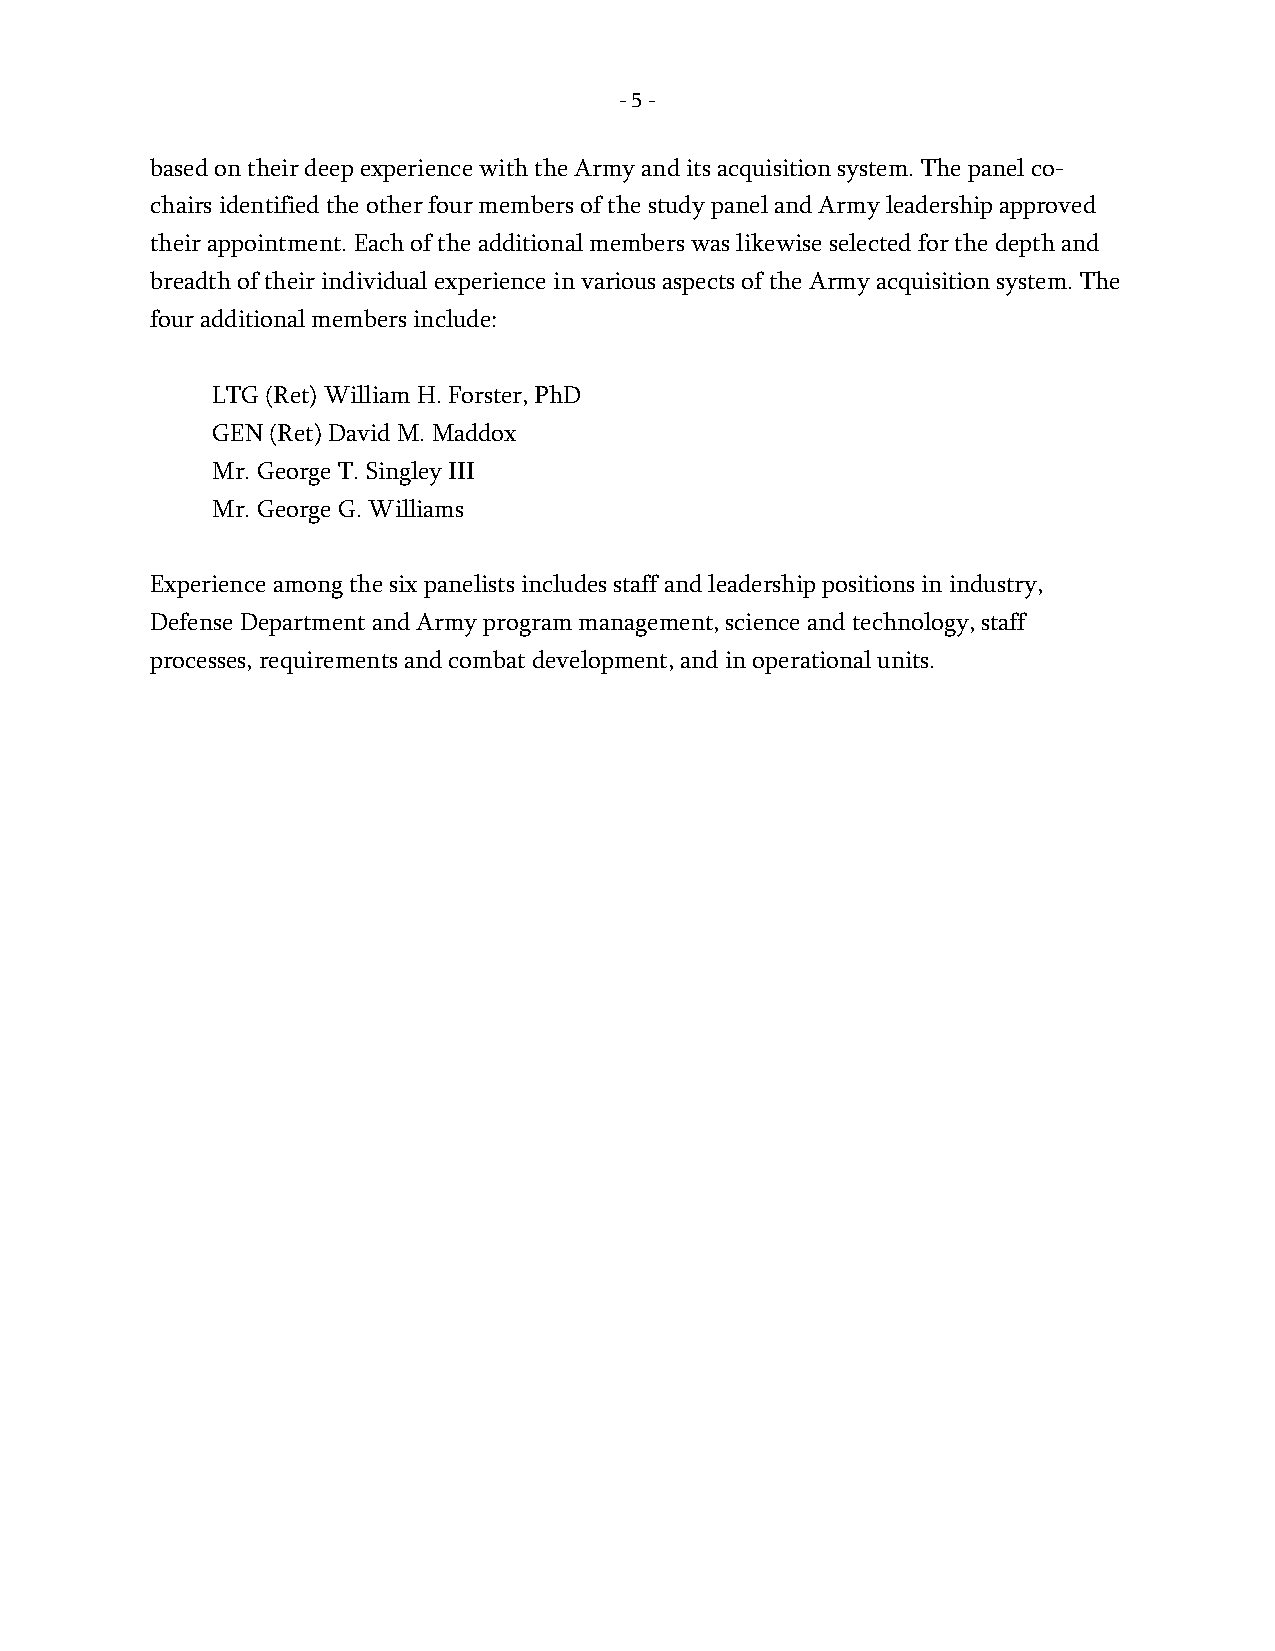
- 5 -
 based on their deep experience with the Army and its acquisition system. The panel co-
 chairs identified the other four members of the study panel and Army leadership approved
 their appointment. Each of the additional members was likewise selected for the depth and
 breadth of their individual experience in various aspects of the Army acquisition system. The
 four additional members include:
 LTG (Ret) William H. Forster, PhD
 GEN (Ret) David M. Maddox
 Mr. George T. Singley III
 Mr. George G. Williams
 Experience among the six panelists includes staff and leadership positions in industry,
 Defense Department and Army program management, science and technology, staff
 processes, requirements and combat development, and in operational units.